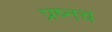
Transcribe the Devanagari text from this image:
प्रष्नच